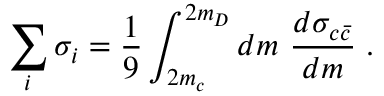
\sum _ { i } \sigma _ { i } = \frac { 1 } { 9 } \int _ { 2 m _ { c } } ^ { 2 m _ { D } } d m ~ \frac { d \sigma _ { c \bar { c } } } { d m } \; .